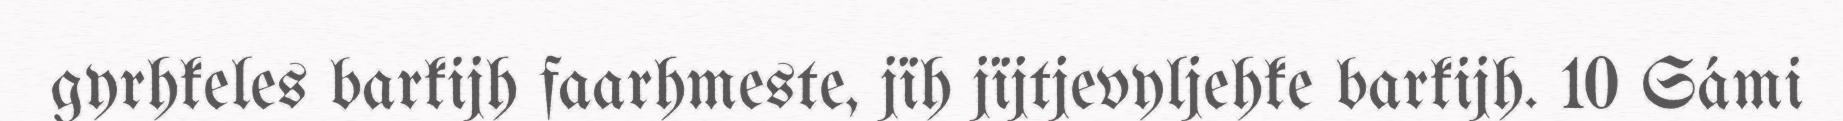
gyrhkeles barkijh faarhmeste, jïh jïjtjevyljehke barkijh. 10 Sámi